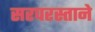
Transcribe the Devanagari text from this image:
सरपरस्ताने